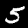
Label: 5